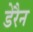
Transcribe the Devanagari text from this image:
डेरैन